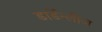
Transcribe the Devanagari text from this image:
डार्डेन्लीज